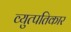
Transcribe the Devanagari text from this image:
व्युत्पतिकार